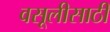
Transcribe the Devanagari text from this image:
वसूलीसाठी